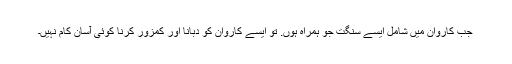
جب کاروان میں شامل ایسے سنگت جو ہمراہ ہوں. تو ایسے کاروان کو دبانا اور کمزور کرنا کوئی آسان کام نہیں۔